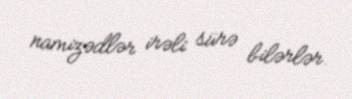
namizədlər irəli sürə bilərlər.